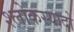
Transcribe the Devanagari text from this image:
श्लोकस्यादो